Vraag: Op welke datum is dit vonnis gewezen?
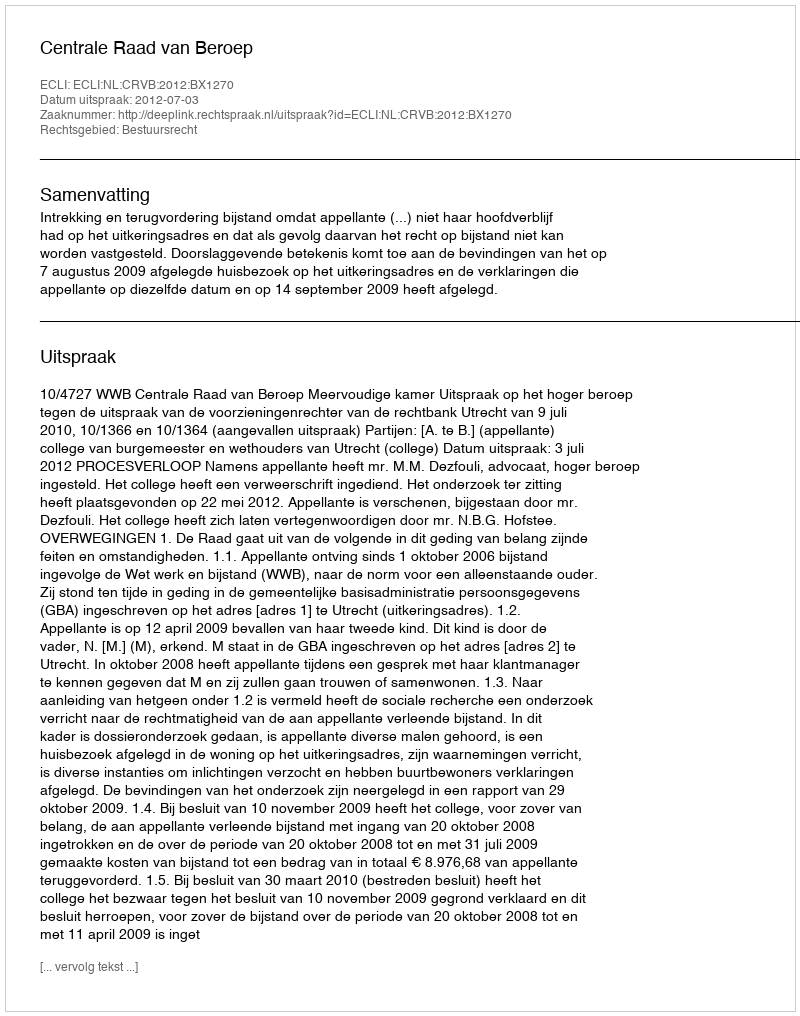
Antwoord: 2012-07-03